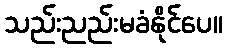
သည်းညည်းမခံနိုင်ပေ။